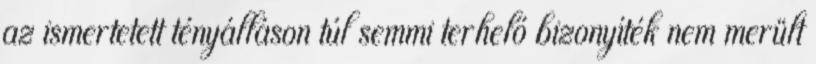
az ismertetett tényálláson túl semmi terhelő bizonyíték nem merült